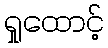
ရှုထောင့်